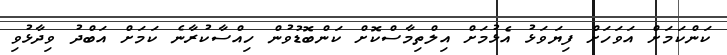
ކަންކަމަށް އަވަހަށް ފިޔަވަޅު އެޅުމަށް އިލްތިމާސްކޮށް ކަންބޮޑުވުން ހިއްސާކުރާނެ ކަމަށް އަބްދު ވިދާޅުވި